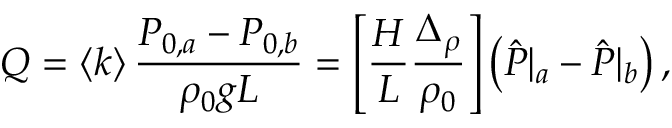
Q = \left< k \right> \frac { P _ { 0 , a } - P _ { 0 , b } } { \rho _ { 0 } g L } = \left[ \frac { H } { L } \frac { \Delta _ { \rho } } { \rho _ { 0 } } \right] \left( \hat { P } \vert _ { a } - \hat { P } \vert _ { b } \right) ,